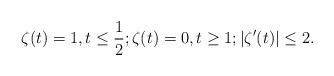
LaTeX: \begin{align*}\zeta(t)=1, t\leq \frac{1}{2}; \zeta(t)=0, t\geq 1; |\zeta'(t)|\leq2.\end{align*}